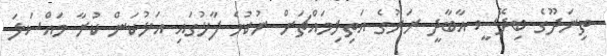
ތިނަދޫގެ ބިދޭސީ އާބާދީ ރަށުގެ އަތިރިމައްޗަށް ނުކުމެ ފާޅުގައި އަޅުކަން ކުރާ މައްސަލަ